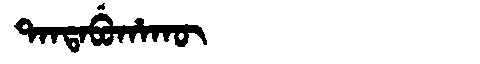
Manchu: ᡨᠠᠨᡨᠠᠪᡠᡥᠠᡴᡡ
Romanization: TANTABUHAKŪ